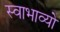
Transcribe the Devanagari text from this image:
स्वाभाव्यो